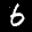
Label: 6